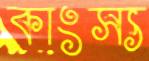
কাংস্য